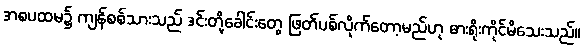
အစပထမ၌ ကျန်စစ်သားသည် ဒင်းတို့ခေါင်းတွေ ဖြတ်ပစ်လိုက်တော့မည်ဟု ဓားရိုးကိုင်မိသေးသည်။